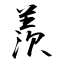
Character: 羨